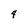
Character: 4